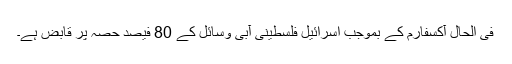
فی الحال آکسفارم کے بموجب اسرائیل فلسطینی آبی وسائل کے 80 فیصد حصہ پر قابض ہے۔